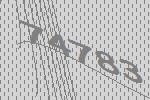
74783